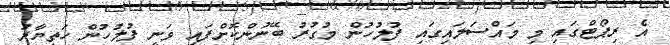
އެ ރިޕޯޓްގައި މި މައްސަލައިގައި ފުލުހުން މުގުރު ބޭނުންކޮށްފައި ވަނީ ފުލުހުން ހަތިޔާރު